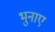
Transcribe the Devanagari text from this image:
भुनाए